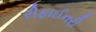
રીફાઈનરી